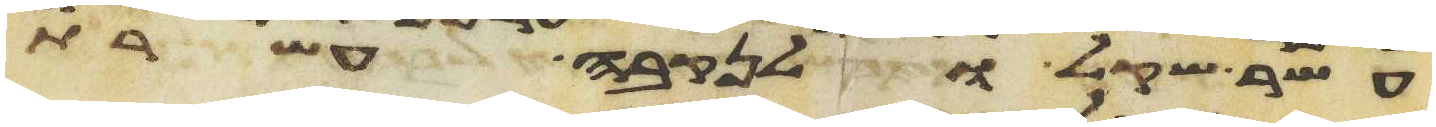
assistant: עשר שקל ולנקבה עשרת